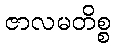
ဇာလမတိစ္စ